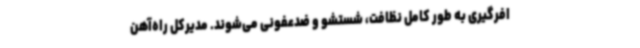
افرگیری به طور کامل نظافت، شستشو و ضدعفونی می‌شوند. مدیرکل راه‌آهن